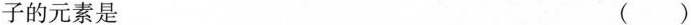
子的元素是（）